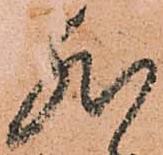
然